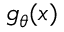
g _ { \theta } ( x )